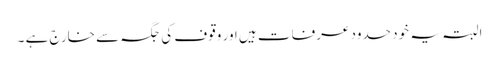
البتہ یہ خود حدود عرفات ہیں اور وقوف کی جگہ سے خارج ہے ۔